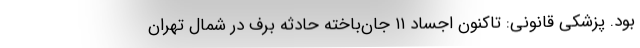
بود. پزشکی قانونی: تاکنون اجساد ۱۱ جان‌باخته حادثه برف در شمال تهران